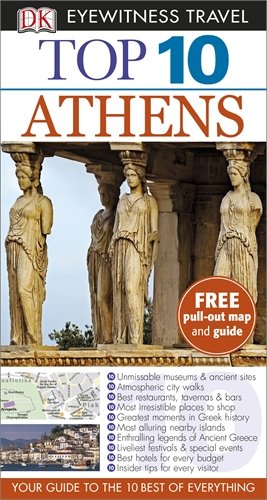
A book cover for DK Eyewitness Top 10 Travel Guide: Athens; Coral Davenport; Travel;